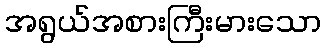
အရွယ်အစားကြီးမားသော